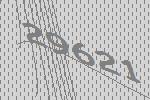
29621